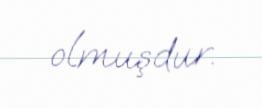
olmuşdur.